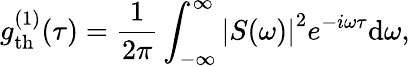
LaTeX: g_{\mathrm{th}}^{(1)}(\tau)=\frac{1}{2\pi}\int_{-\infty}^{\infty}\left|S(\omega)\right|^{2}e^{-i\omega\tau}\mathrm{d}\omega,